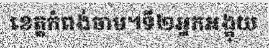
ខេត្តកំពង់ចាម។ទី២អ្នកអង្គុយ